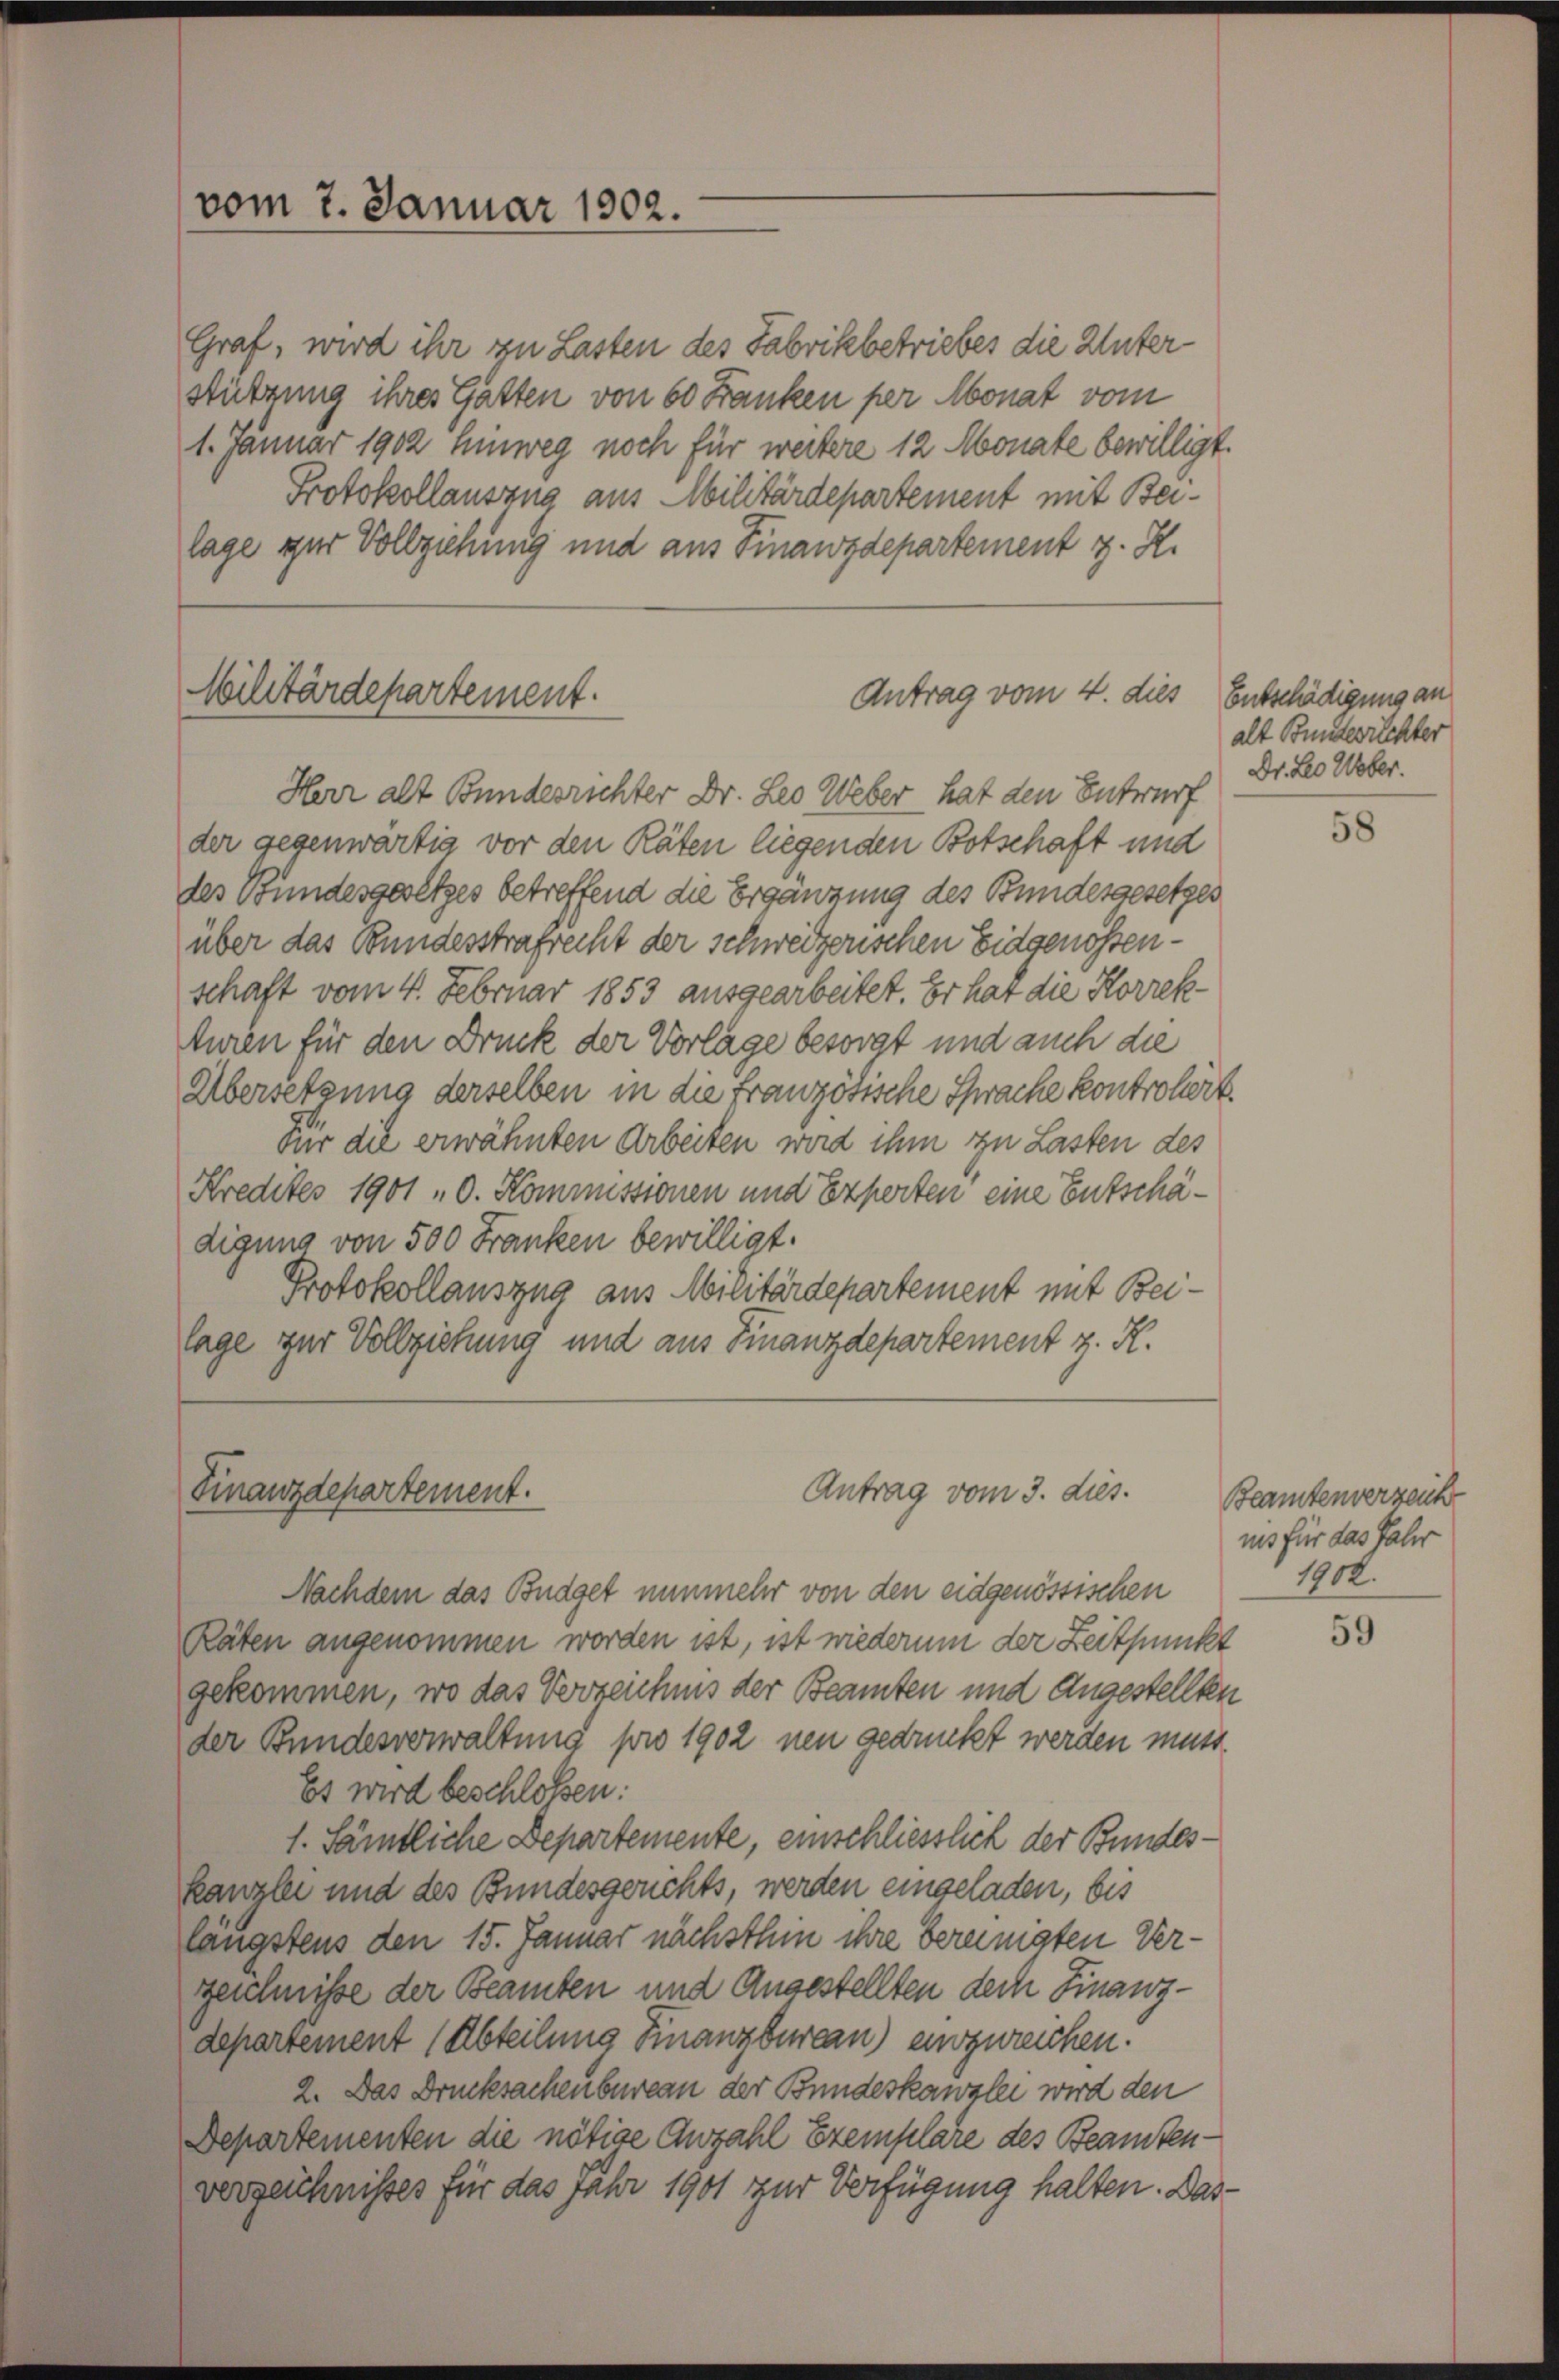
vom 7. Januar 1902.

Graf, wird ihr zu Lasten des Fabrikbetriebes die Unterstützung ihres Gatten von 60 Franken per Monat vom
1. Januar 1902 hinweg noch für weitere 12 Monate bewilligt.
Protokollauszug aus Militärdepartement mit Beilage zur Vollziehung und aus Finanzdepartement z. R.

Militärdepartement.

Antrag vom 4. dies

Herr alt Bundesrichter Dr. Leo Weber hat den Entwurf
der gegenwärtig vor den Räten liegenden Botschaft und
des Bundesgesetzes betreffend die Ergänzung des Bundesgesetzes
über das Bundesstrafrecht der schweizerischen Eidgenossenschaft vom 4. Februar 1853 ausgearbeitet. Er hat die Korrek¬
Auren für den Druck der Vorlage besorgt und auch die
Übersetzung derselben in die französische Sprache kontroliert.
Für die erwähnten Arbeiten wird ihm zu Lasten des
Kredites 1901 „O. Kommissionen und Experten eine Entschädigung von 500 Franken bewilligt.
Protokollauszug aus Militärdepartement mit Beilage zur Vollziehung und aus Finanzdepartement z. R.

Finanzdepartement.
Antrag vom 3. dies.

Nachdem das Budget nunmehr von den eidgenössischen
Räten angenommen worden ist, ist wiederum der Zeitpunkt
gekommen, wo das Vorzeichnis der Beamten und Angestellten
der Bundesverwaltung pro 1902 neu gedruckt werden muss.
Es wird beschloßen:
1. Sämtliche Departemente, einschliesslich der Bundeskanzlei und des Bundesgerichts, werden eingeladen, bis
längstens den 15. Januar nächsthin ihre bereinigten Verzeichnisse der Beamten und Angestellten der Finanzdepartement (Abteilung Finanzbureau) einzureichen.
2. Das Drucksachenbureau der Bundeskanzlei wird den
Departementen die nötige Anzahl Exemplare des Beamten-
verzeichnisses für das Jahr 1901 zur Verfügung halten. Das¬

Entschädigung an
alt Bundesrichter
Dr. Leo Weber.

58

Beamtenverzeich
iis für das Jahr
1902.

59